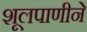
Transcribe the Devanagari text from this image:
शूलपाणीने